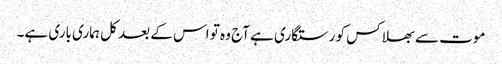
موت سے بھلا کس کو رستگاری ہے آج وہ تو اس کے بعد کل ہماری باری ہے۔